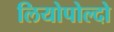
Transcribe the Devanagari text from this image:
लियोपोल्दो